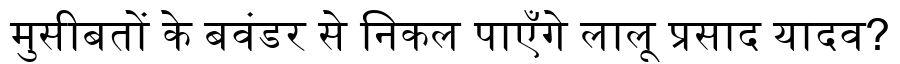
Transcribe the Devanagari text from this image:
मुसीबतों के बवंडर से निकल पाएँगे लालू प्रसाद यादव?